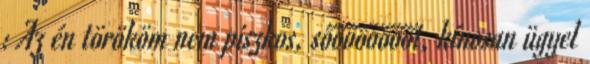
: Az én törököm nem piszkos, sőőőőőőőőt, kínosan ügyel